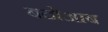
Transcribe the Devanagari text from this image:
बदोआब